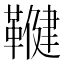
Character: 𮧨